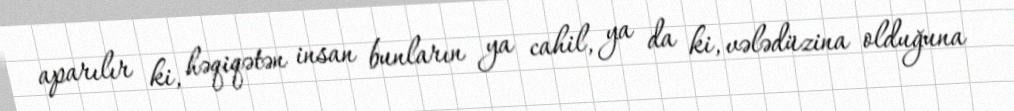
aparılır ki, həqiqətən insan bunların ya cahil, ya da ki, vələdüzina olduğuna